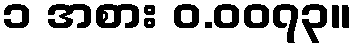
၁ အစား ဝ.၀၀၇၃။